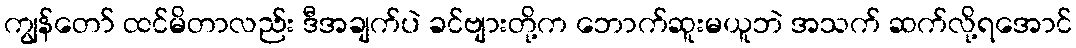
ကျွန်တော် ထင်မိတာလည်း ဒီအချက်ပဲ ခင်ဗျားတို့က ဘောက်ဆူးမယူဘဲ အသက် ဆက်လို့ရအောင်